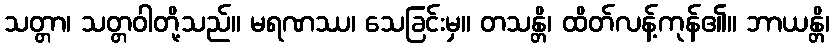
သတ္တာ၊ သတ္တဝါတို့သည်။ မရဏဿ၊ သေခြင်းမှ။ တသန္တိ၊ ထိတ်လန့်ကုန်၏။ ဘာယန္တိ၊